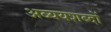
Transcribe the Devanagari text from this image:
अव्ययशब्दों